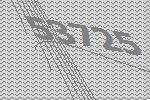
53725